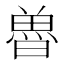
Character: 𮫲